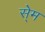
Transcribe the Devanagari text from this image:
से्म